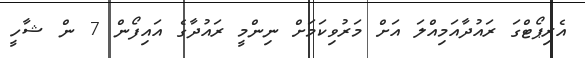
އެރިޕޯޓްގަ ރައުދާއަމިއްލަ އަށް މަރުވިކަމަށް ނިންމީ ރައުދާގެ އައިފޯން 7 ން ޝާހީ